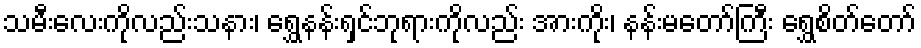
သမီးလေးကိုလည်းသနား၊ ရွှေနန်းရှင်ဘုရားကိုလည်း အားကိုး၊ နန်းမတော်ကြီး ရွှေစိတ်တော်